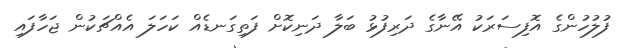
ފުލުހުންގެ އޮފިސަރަކު އޭނާގެ ދަރިފުޅު ބަލާ ދަނިކޮށް ފަތިގަނޑެއް ކަހަލަ އެއްޗަކުން ޖަހާފައި